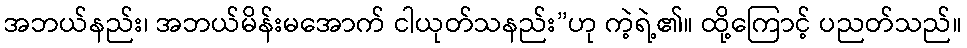
အဘယ်နည်း၊ အဘယ်မိန်းမအောက် ငါယုတ်သနည်း”ဟု ကဲ့ရဲ့၏။ ထို့ကြောင့် ပညတ်သည်။